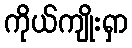
ကိုယ်ကျိုးရှာ